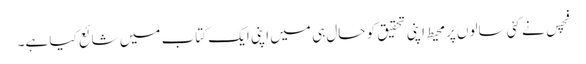
فچس نے کئی سالوں پرمحیط اپنی تحقیق کو حال ہی میں اپنی ایک کتاب میں شائع کیا ہے۔